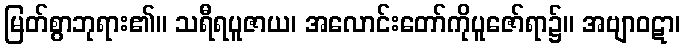
မြတ်စွာဘုရား၏။ သရီရပူဇာယ၊ အလောင်းတော်ကိုပူဇော်ရာ၌။ အဗျာဝဋာ၊